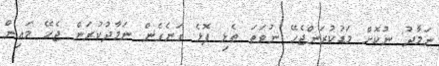
ނަމާދު ނުކޮށް މަޑުކުރަންޖެހޭ ނުވަތަ ތެޅި ފޮޅެ ގަނެގެން ނަމާދުކުރަން ޖެހޭ މައިން